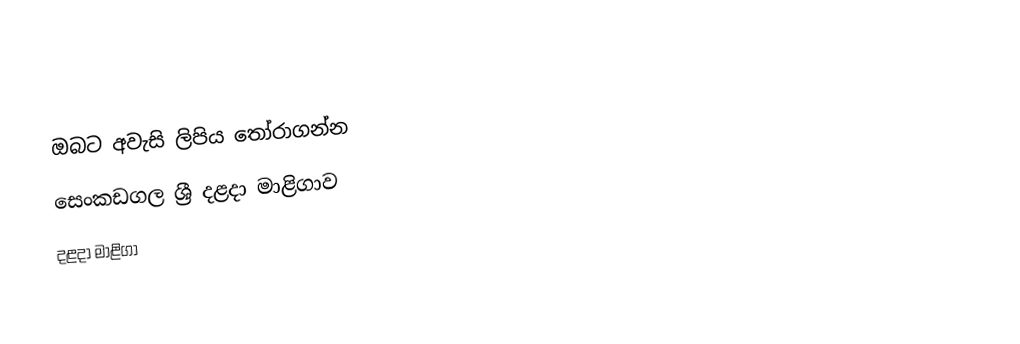
ඔබට අවැසි ලිපිය තෝරාගන්න
 සෙංකඩගල ශ්‍රී දළදා මාළිගාව
 දළදා මාළිගා